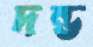
দন্ড